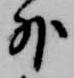
外